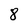
Character: 8